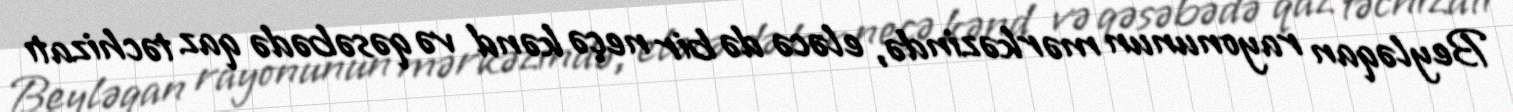
Beyləqan rayonunun mərkəzində, eləcə də bir neçə kənd və qəsəbədə qaz təchizatı